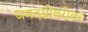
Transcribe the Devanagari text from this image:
जमदग्नींबरोबर